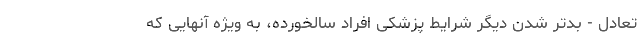
تعادل - بدتر شدن دیگر شرایط پزشکی افراد سالخورده، به ویژه آنهایی که